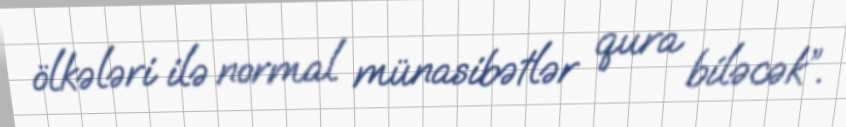
ölkələri ilə normal münasibətlər qura biləcək”.